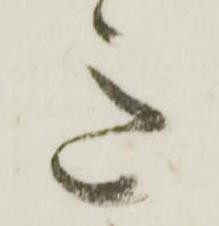
意